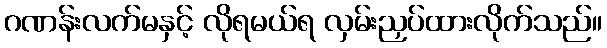
ဂဏန်းလက်မနှင့် လိုရမယ်ရ လှမ်းညှပ်ထားလိုက်သည်။